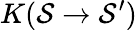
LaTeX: K(\mathcal{S}\rightarrow\mathcal{S}^{\prime})